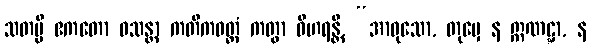
သတမ္ပိ ဧကတော ဝသန္တာ ကတိကဝတ္တံ ကတွာ ဝိဟရန္တိ, “အာဝုသော, တုမှေ န ဣဏဋ္ဋာ, န